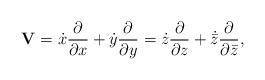
LaTeX: \begin{align*}{\bf V}=\dot{x}\frac{\partial}{\partial x}+\dot{y}\frac{\partial}{\partial y}=\dot{z}\frac{\partial}{\partial z}+\dot{\bar{z}}\frac{\partial}{\partial \bar{z}},\end{align*}